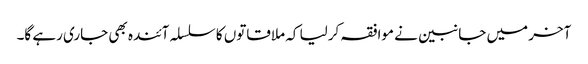
آخر میں جانبین نے موافقہ کرلیا کہ ملاقاتوں کا سلسلہ آئندہ بھی جاری رہے گا۔